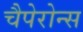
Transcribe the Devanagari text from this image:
चैपेरोन्स